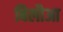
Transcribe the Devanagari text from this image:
बिलौआ